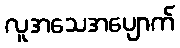
လူအသေအပျောက်